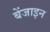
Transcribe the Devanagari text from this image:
बेंजाइन